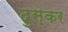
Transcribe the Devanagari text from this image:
दुस्कर